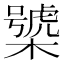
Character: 𣜍